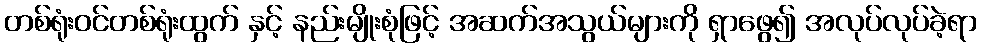
တစ်ရုံးဝင်တစ်ရုံးထွက် နှင့် နည်းမျိုးစုံဖြင့် အဆက်အသွယ်များကို ရှာဖွေ၍ အလုပ်လုပ်ခဲ့ရာ